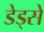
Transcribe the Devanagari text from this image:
डेड्से